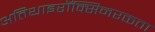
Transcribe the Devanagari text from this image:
अतिथाइरॉक्सिनरक्तता